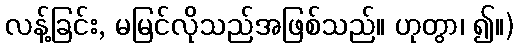
လန့်ခြင်း, မမြင်လိုသည်အဖြစ်သည်။ ဟုတွာ၊ ၍။)